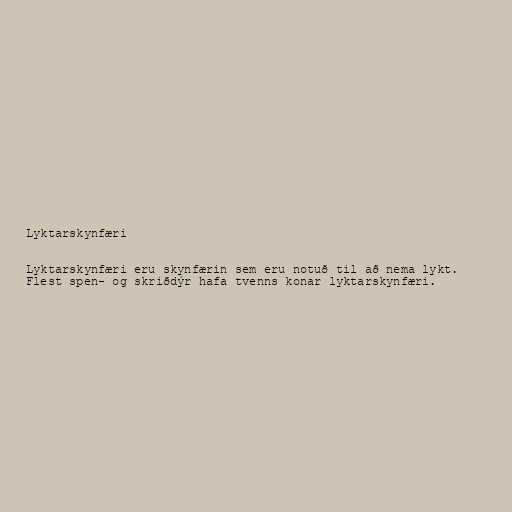
Lyktarskynfæri

Lyktarskynfæri eru skynfærin sem eru notuð til að nema lykt.
Flest spen- og skriðdýr hafa tvenns konar lyktarskynfæri.